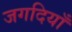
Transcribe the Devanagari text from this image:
जगदियाँ